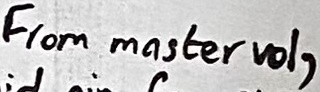
Text: From master vol,